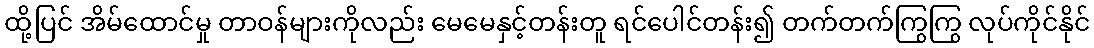
ထို့ပြင် အိမ်ထောင်မှု တာဝန်များကိုလည်း မေမေနှင့်တန်းတူ ရင်ပေါင်တန်း၍ တက်တက်ကြွကြွ လုပ်ကိုင်နိုင်